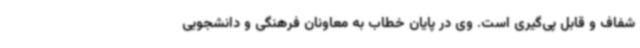
شفاف و قابل پی‌گیری است. وی در پایان خطاب به معاونان فرهنگی و دانشجویی